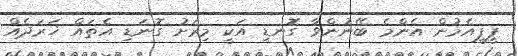
ޕީޕީއެމުން އެންމެ ބޭނުންވާ ގޮނޑި އަކީ މިރަށު ގޮނަޑި އެތައް ޚަރަދެއް